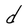
Character: d